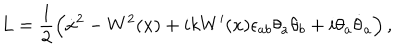
LaTeX: L = \frac { 1 } { 2 } \left( \dot { x } { } ^ { 2 } - W ^ { 2 } ( x ) + i k W ^ { \prime } ( x ) \epsilon _ { a b } \theta _ { a } \theta _ { b } + i \theta _ { a } \dot { \theta } _ { a } \right) ,